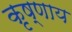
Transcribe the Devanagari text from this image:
कृष्णाय